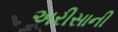
અરીસાની